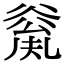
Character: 𠔲